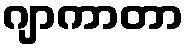
ဂျာကာတာ